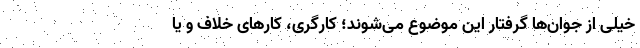
خیلی از جوان‌ها گرفتار این موضوع می‌شوند؛ کارگری، کارهای خلاف و یا